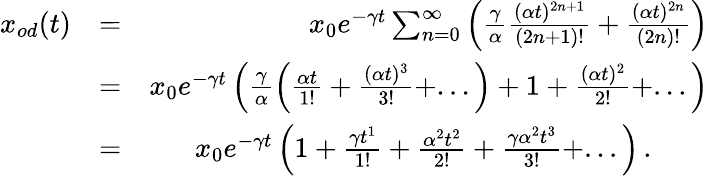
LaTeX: \begin{array}{rlr}{x_{od}(t)}&{=}&{x_{0}e^{-\gamma t}\sum_{n=0}^{\infty}\left(\frac{\gamma}{\alpha}\frac{(\alpha t)^{2n+1}}{(2n+1)!}+\frac{(\alpha t)^{2n}}{(2n)!}\right)}\\ &{=}&{x_{0}e^{-\gamma t}\left(\frac{\gamma}{\alpha}\left(\frac{\alpha t}{1!}+\frac{(\alpha t)^{3}}{3!}+...\right)+1+\frac{(\alpha t)^{2}}{2!}+...\right)}\\ &{=}&{x_{0}e^{-\gamma t}\left(1+\frac{\gamma t^{1}}{1!}+\frac{\alpha^{2}t^{2}}{2!}+\frac{\gamma\alpha^{2}t^{3}}{3!}+...\right)\, .\qquad}\end{array}